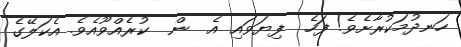
ހަނދުމަކުރާށެވެ! ފަހެ  ފިޔަވައި އެ  ން  ކުރެއްވޫއެވެ. އެކަލޭގެ